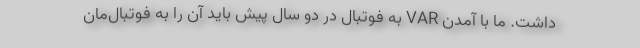
داشت. ما با آمدن VAR به فوتبال در دو سال پیش باید آن را به فوتبال‌مان